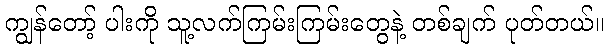
ကျွန်တော့် ပါးကို သူ့လက်ကြမ်းကြမ်းတွေနဲ့ တစ်ချက် ပုတ်တယ်။